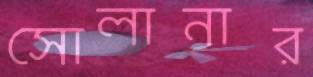
সোলানার